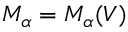
M _ { \alpha } = M _ { \alpha } ( V )